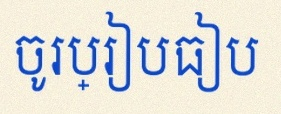
ចូរប្រៀបធៀប